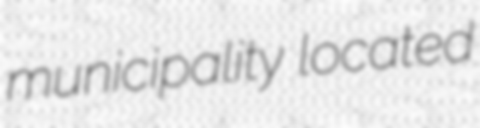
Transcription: municipality located